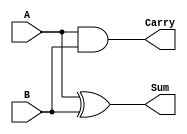
module half_adder(A, B, Carry, Sum);
	input A,B;
	output Carry, Sum;
	assign Carry = A&B;
	assign Sum = A^B;
endmodule

module test;
    reg a,b;
    wire carry, sum;
    half_adder g1(a, b, carry, sum);
    
    initial begin
    	$dumpfile("half-adder.vcd");
    	$dumpvars(0, test);
    	$display("A\tB\tCarry\tSum");
    	$monitor("%b\t%b\t%b\t%b", a,b,carry,sum);
    	a=0;b=0;
    	#10 a=0;b=1;
    	#10 a=1;b=0;
    	#10 a=1;b=1;
    	#10 a=0;b=0;
    	$finish;
    end
endmodule